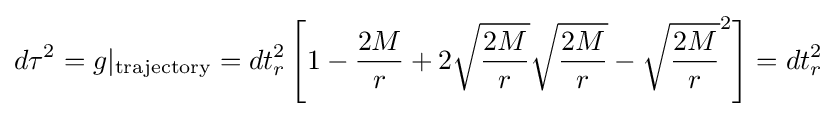
d\tau ^{2}=g|_{\text{trajectory}}=dt_{r}^{2}\left[1-{\frac {2M}{r}}+2{\sqrt {\frac {2M}{r}}}{\sqrt {\frac {2M}{r}}}-{\sqrt {\frac {2M}{r}}}^{2}\right]=dt_{r}^{2}